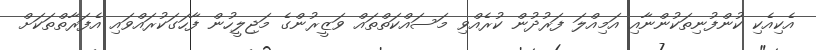
އެކިއެކި ކުންފުނިތަކުންނާއި އަމިއްލަ ފަރުދުން ކުރެއްވި މަސައްކަތްތައް ވަޒީރުންގެ މަޖިލީހުން ފާހަގަކުރައްވައި އެފަރާތްތަކަށް